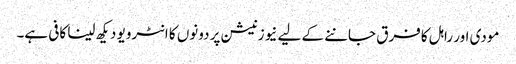
مودی اور راہل کا فرق جاننے کے لیے نیوز نیشن پر دونوں کا انٹرویو دیکھ لینا کافی ہے۔